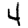
Digit: 4